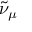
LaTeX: { \tilde { \nu } } _ { \mu }